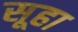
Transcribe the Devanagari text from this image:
सूहा